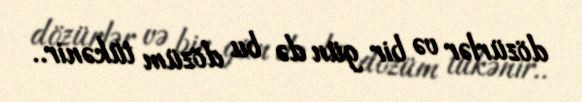
dözürlər və bir gün də bu dözüm tükənir..